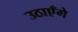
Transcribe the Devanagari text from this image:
उठाएँगे